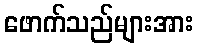
ဖောက်သည်များအား